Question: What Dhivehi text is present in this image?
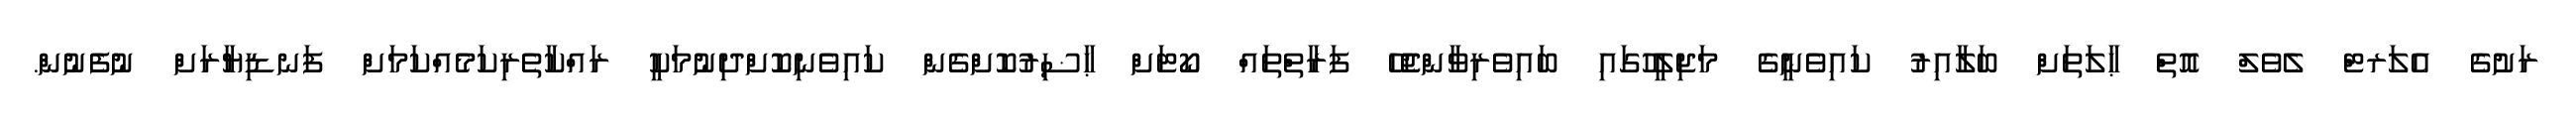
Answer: ރަށުގެ އެލަރޓް ލެވެލް އޮތް ޙާލަތަށް ބަލާއިރު ކައިވެނީގެ މަޖިލީހުގައި ބައިވެރިވާންޖެހޭ ފަރާތްތައް ކޯޓަށް ޙާޟިރުކޮށްގެން ކައިވެނިކޮށްދިނުމަކީ ރައްކާތެރިކަމެއްކަމަށް ފަނޑިޔާރަށް ނުފެނުން.